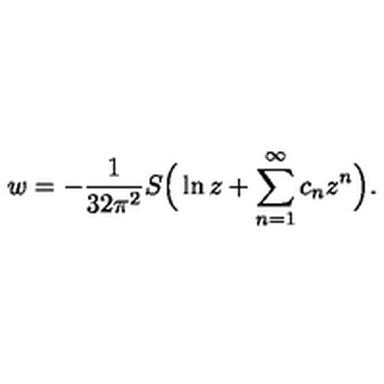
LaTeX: w = - \frac { 1 } { 3 2 \pi ^ { 2 } } S \Big ( \ln z + \sum _ { n = 1 } ^ { \infty } c _ { n } z ^ { n } \Big ) .